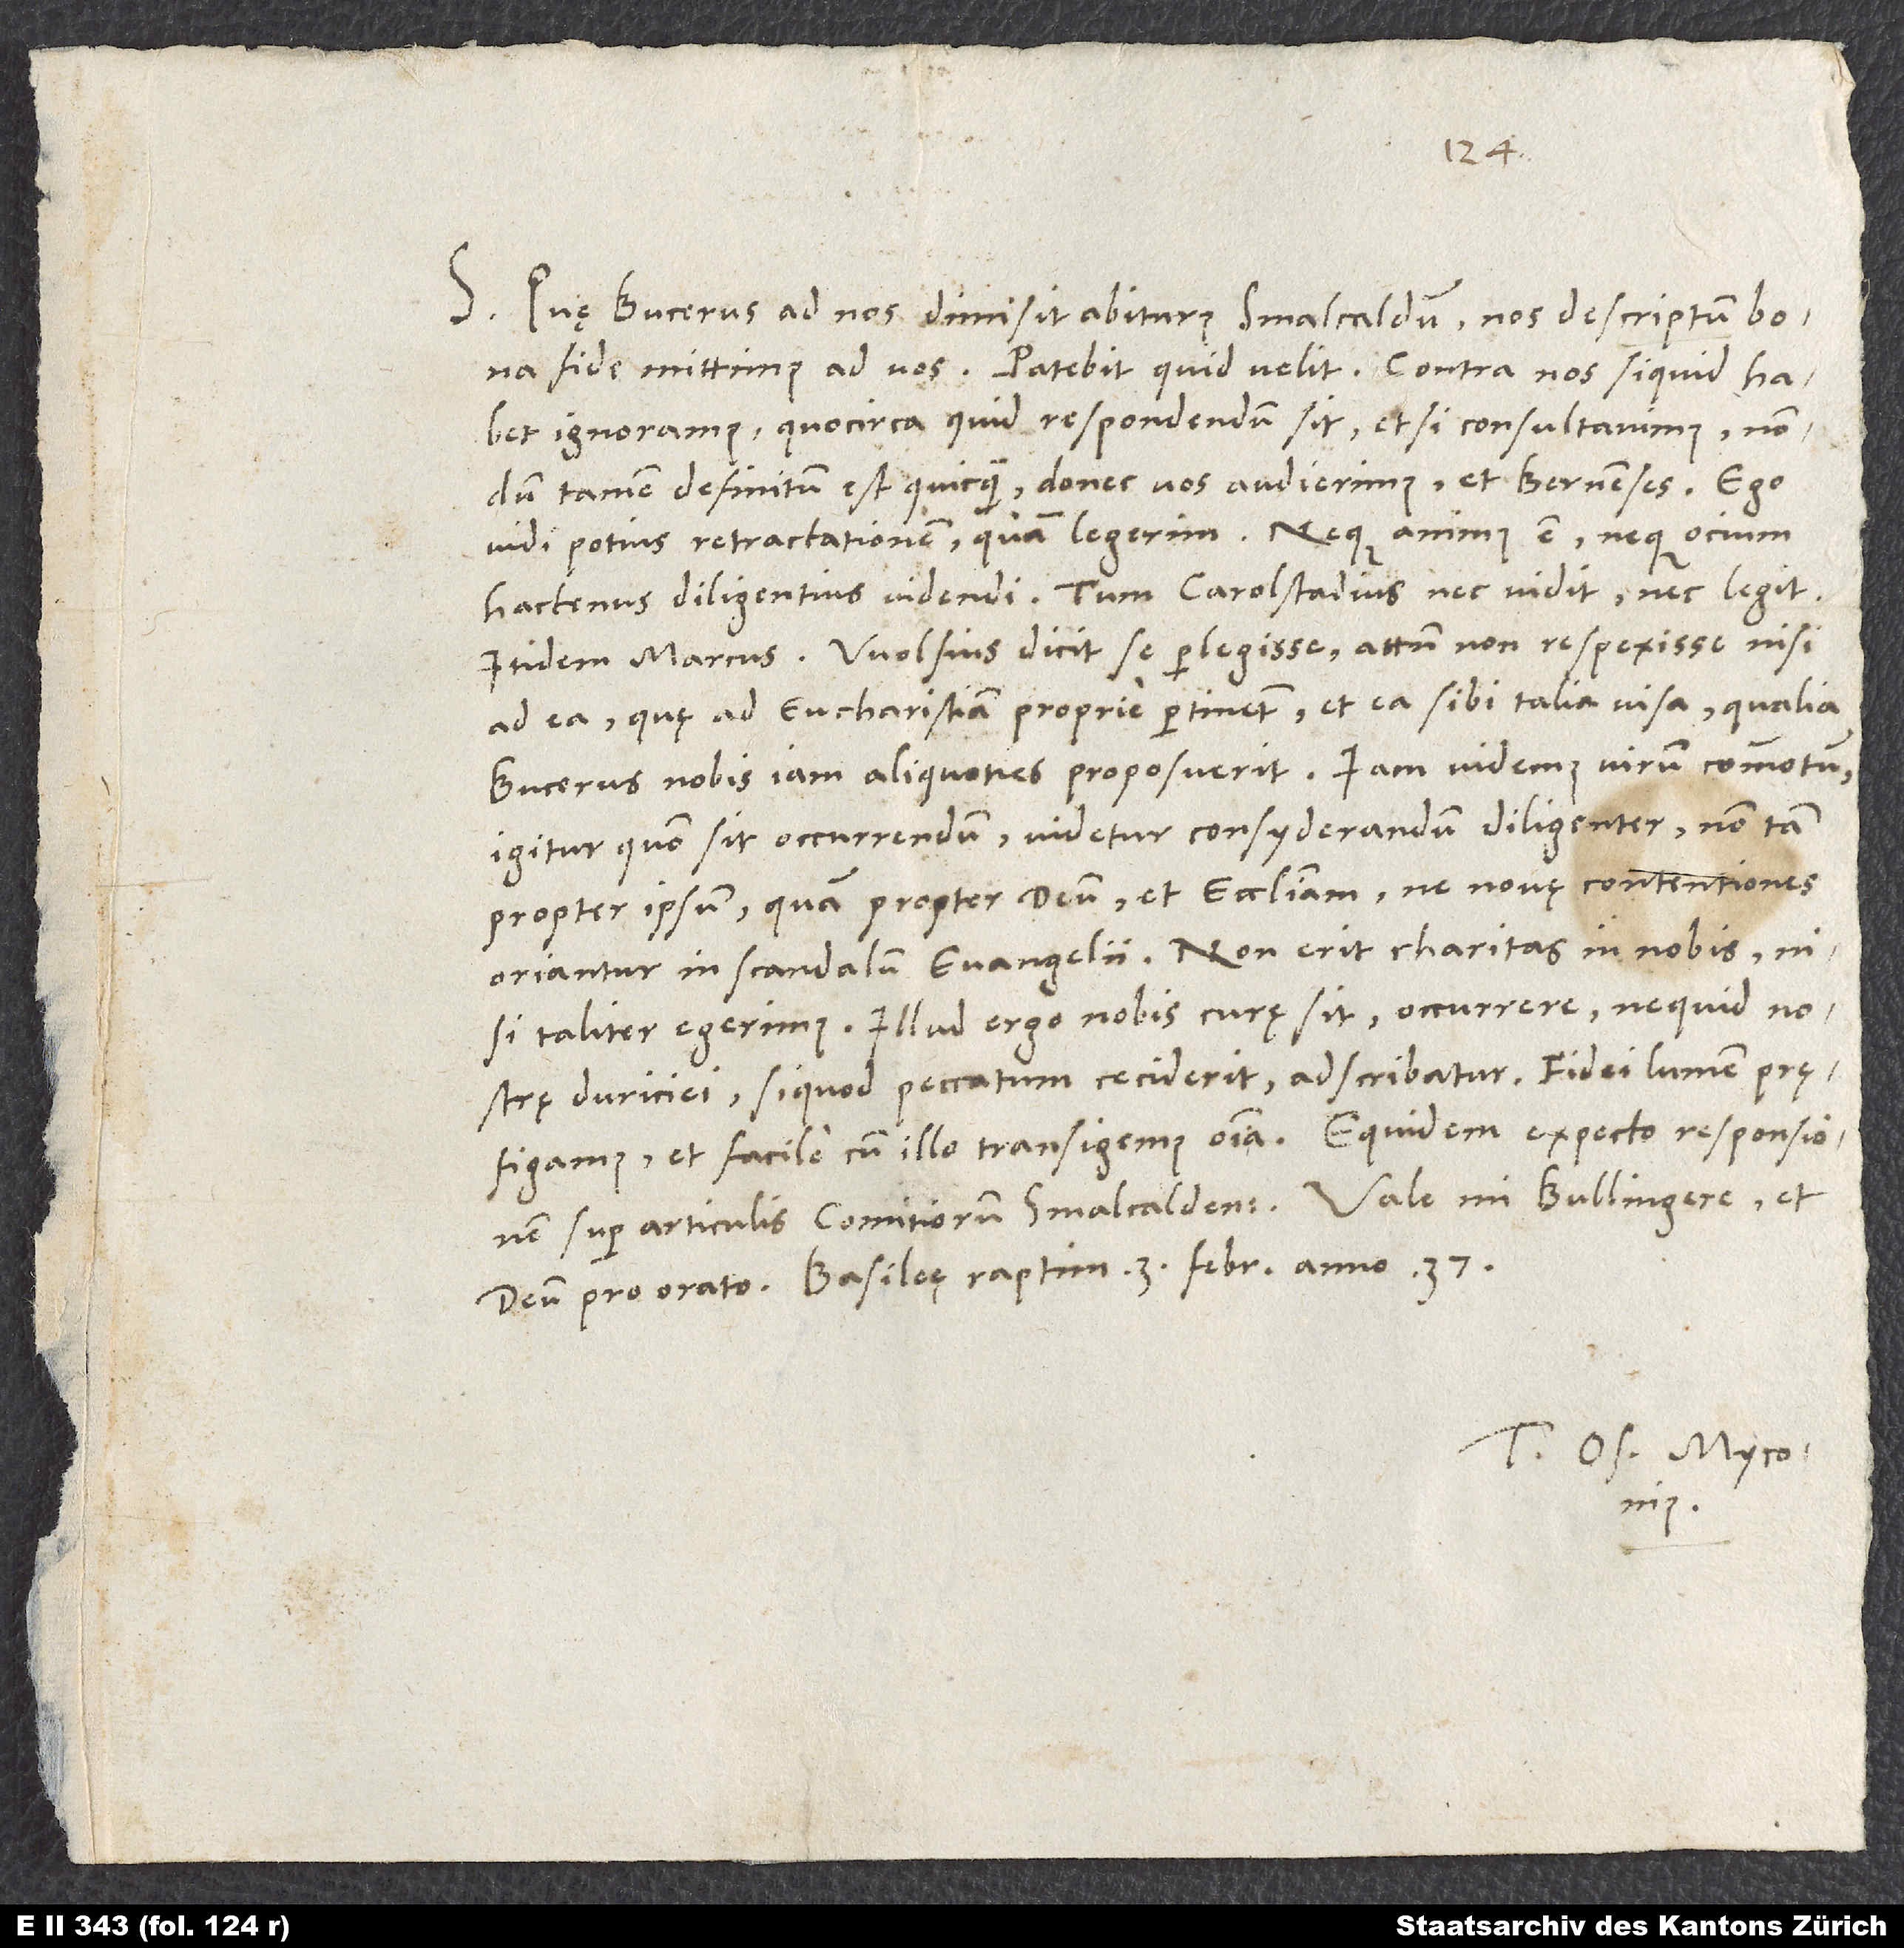
S. Quae Bucerus ad nos dimisit abiturus Smalcaldum, nos descriptum bona
fide mittimus ad vos. Patebit, quid velit. Contra nos si quid habet,
ignoramus. Quocirca, quid respondendum sit etsi consultavimus, nondum
tamen definitum est quicquam, donec vos audierimus et Bernenses. Ego
vidi potius Retractationem quam legerim; neque animus est neque ocium
hactenus diligentius videndi. Tum Carolstadius nec vidit nec legit.
Itidem Marcus. Wolfius dicit se perlegisse, attamen non respexisse nisi
ad ea, quae ad eucharistiam proprie pertinent, et ea sibi talia visa, qualia
Bucerus nobis iam aliquoties proposuerit. Iam videmus virum commotum;
igitur quomodo sit occurrendum, videtur consyderandum diligenter, non tam
propter ipsum quam propter deum et ecclesiam, ne novae contentiones
oriantur in scandalum evangelii. Non erit charitas in nobis, nisi
taliter egerimus. Illud ergo nobis curae sit, occurrere, ne quid nostrae
duriciei, si quod peccatum ceciderit, adscribatur. Fidei lumen praefigamus,